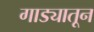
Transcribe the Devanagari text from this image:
गाड्यातून